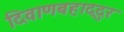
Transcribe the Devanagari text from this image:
दिवाणबहाद्दुर